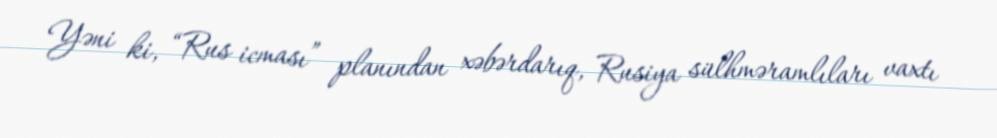
Yəni ki, “Rus icması” planından xəbərdarıq, Rusiya sülhməramlıları vaxtı